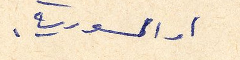
او السورية